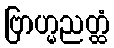
ဗြာဟ္မညတ္ထံ